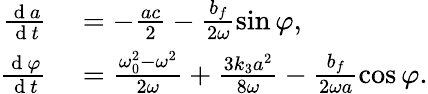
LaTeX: \begin{array}{rl}{\frac{\mathrm{~d~}a}{\mathrm{~d~}t}}&{{}=-\frac{ac}{2}-\frac{b_{f}}{2\omega}\sin\varphi,}\\ {\frac{\mathrm{~d~}\varphi}{\mathrm{~d~}t}}&{{}=\frac{\omega_{0}^{2}-\omega^{2}}{2\omega}+\frac{3k_{3}a^{2}}{8\omega}-\frac{b_{f}}{2\omega a}\cos\varphi.}\end{array}